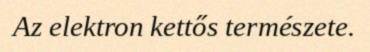
Az elektron kettős természete.